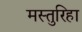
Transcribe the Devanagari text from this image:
मस्तुरिहा